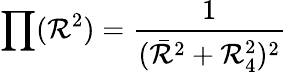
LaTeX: \prod(\mathcal{R}^{2})=\frac{{1}}{{(\bar{{\mathcal{R}}}^{2}+\mathcal{R}_{4}^{2})^{2}}}